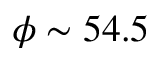
\phi \sim 5 4 . 5 \